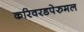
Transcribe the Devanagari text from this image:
करिवरडपेरुमल